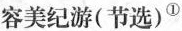
容美纪游(节选)^{①}